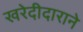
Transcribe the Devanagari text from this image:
खरेदीदाराने